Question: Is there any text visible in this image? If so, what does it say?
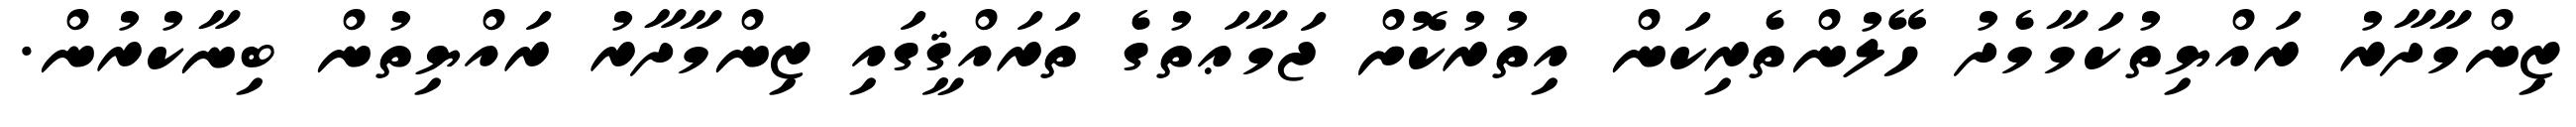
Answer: ޒިންމާދާރު ރައްޔިތުކަމާމެދު ހޭލުންތެރިކަން އިތުރުކޮށް ޖަމާޢަތުގެ ތަރައްޤީގައި ޒިންމާދާރު ރައްޔިތުން ބިނާކުރުން.